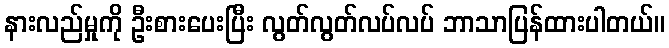
နားလည်မှုကို ဦးစားပေးပြီး လွတ်လွတ်လပ်လပ် ဘာသာပြန်ထားပါတယ်။